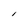
Character: l